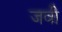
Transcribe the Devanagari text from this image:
जवी